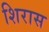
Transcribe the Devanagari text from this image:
शिरास